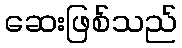
ဆေးဖြစ်သည်